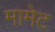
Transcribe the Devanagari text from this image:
मामेट